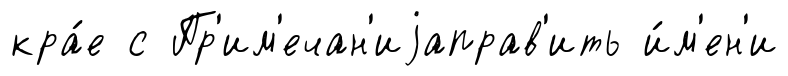
кра́е с Пр'им'ечан'иjаправ'ить и́м'ен'и